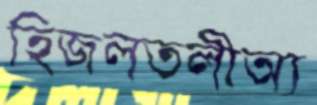
হিজলতলীঅ্য